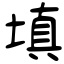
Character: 塡